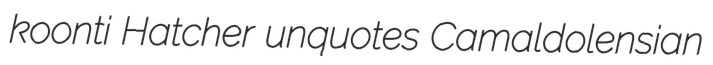
koonti Hatcher unquotes Camaldolensian